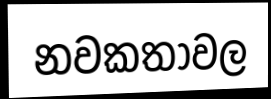
නවකතාවල